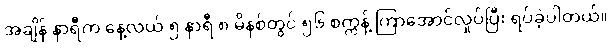
အချိန် နာရီက နေ့လယ် ၅ နာရီ ၈ မိနစ်တွင် ၅၆ စက္ကန့် ကြာအောင်လှုပ်ပြီး ရပ်ခဲ့ပါတယ်။